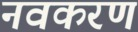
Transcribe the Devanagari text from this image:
नवकरण